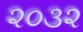
૨૦૩૨